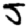
Digit: 5